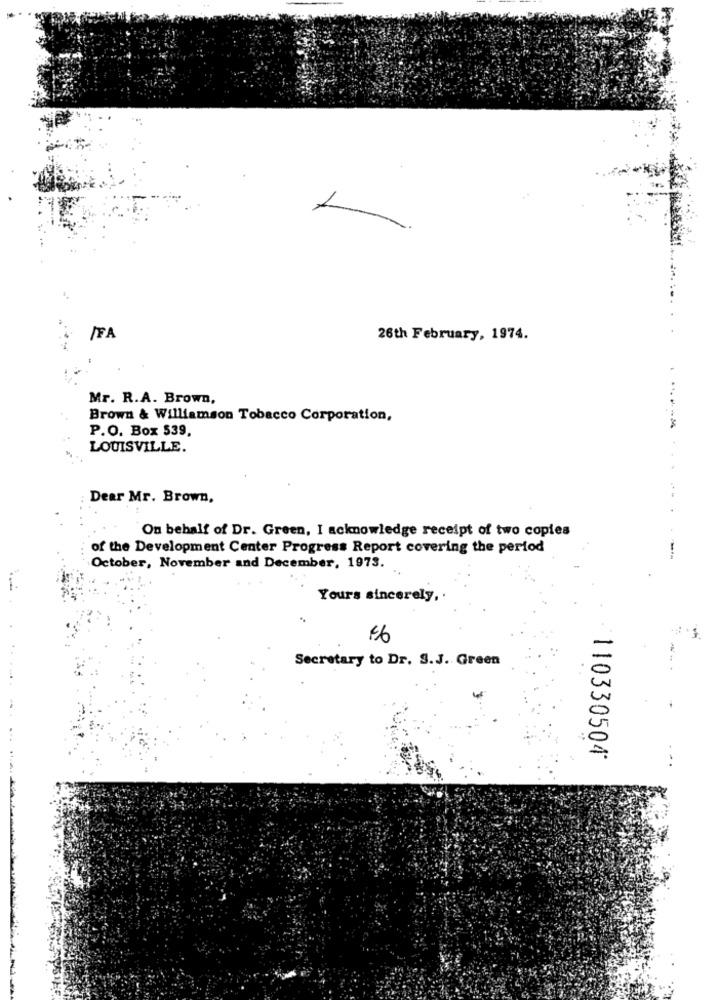
1
JFA
26th February, 1974.
Mr. R.A. Brown,
Brown & Williamson Tobacco Corporation,
P.O. Box 539,
LOUISVILLE.
Dear Mr. Brown,
On behalf of Dr. Green, I acknowledge receipt of two copies
of the Development Center Progress Report covering the period
October, November and December, 1973.
Yours sincerely ,.
Secretary to Dr. S.J. Green
110330504*